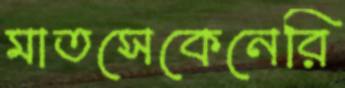
মাতসেকেনেরি